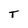
Character: T